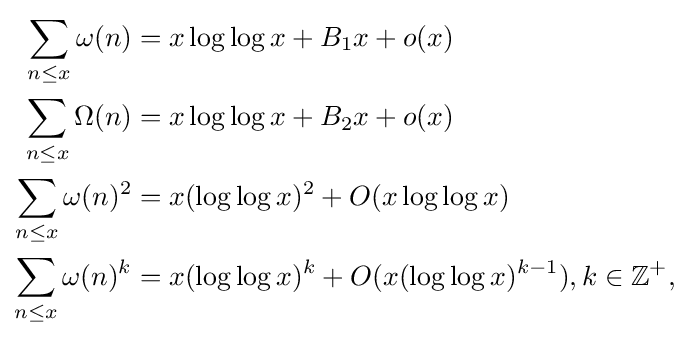
{\begin{aligned}\sum _{n\leq x}\omega (n)&=x\log \log x+B_{1}x+o(x)\\\sum _{n\leq x}\Omega (n)&=x\log \log x+B_{2}x+o(x)\\\sum _{n\leq x}\omega (n)^{2}&=x(\log \log x)^{2}+O(x\log \log x)\\\sum _{n\leq x}\omega (n)^{k}&=x(\log \log x)^{k}+O(x(\log \log x)^{k-1}),k\in \mathbb {Z} ^{+},\end{aligned}}